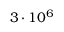
3 \cdot 1 0 ^ { 6 }